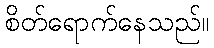
စိတ်ရောက်နေသည်။